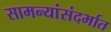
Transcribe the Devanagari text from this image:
सामन्यांसंदर्भात